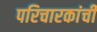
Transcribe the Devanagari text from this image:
परिचारकांची